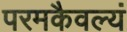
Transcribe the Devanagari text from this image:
परमकैवल्यं